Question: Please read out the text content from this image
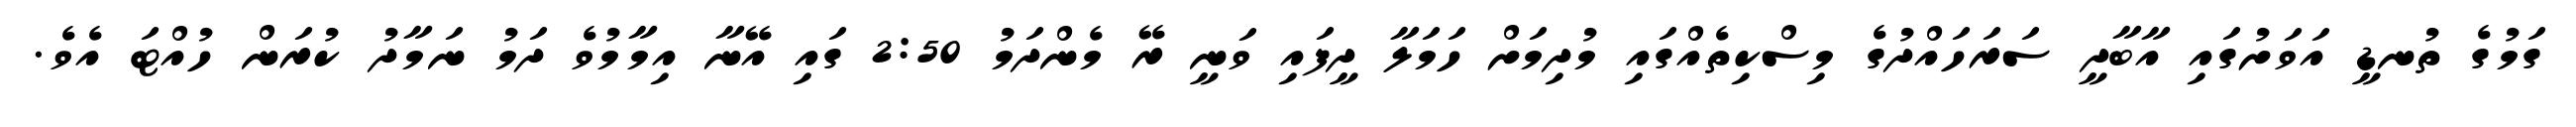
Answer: ގަމުގެ ތުނޑީ އަވަށުގައި އާބާދީ ސަރަހައްދުގެ މިސްކިތެއްގައި މުދިމަށް ހަމަލާ ދީފައި ވަނީ ރޭ މެންދަމު 2:50 ގައި އޭނާ އިމާމުވެ ދަމު ނަމާދު ކުރަން ހުއްޓަ އެވެ.